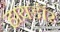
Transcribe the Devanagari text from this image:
हायडॉर